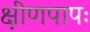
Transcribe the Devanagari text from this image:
क्षीणपापः